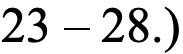
23 – 28.)